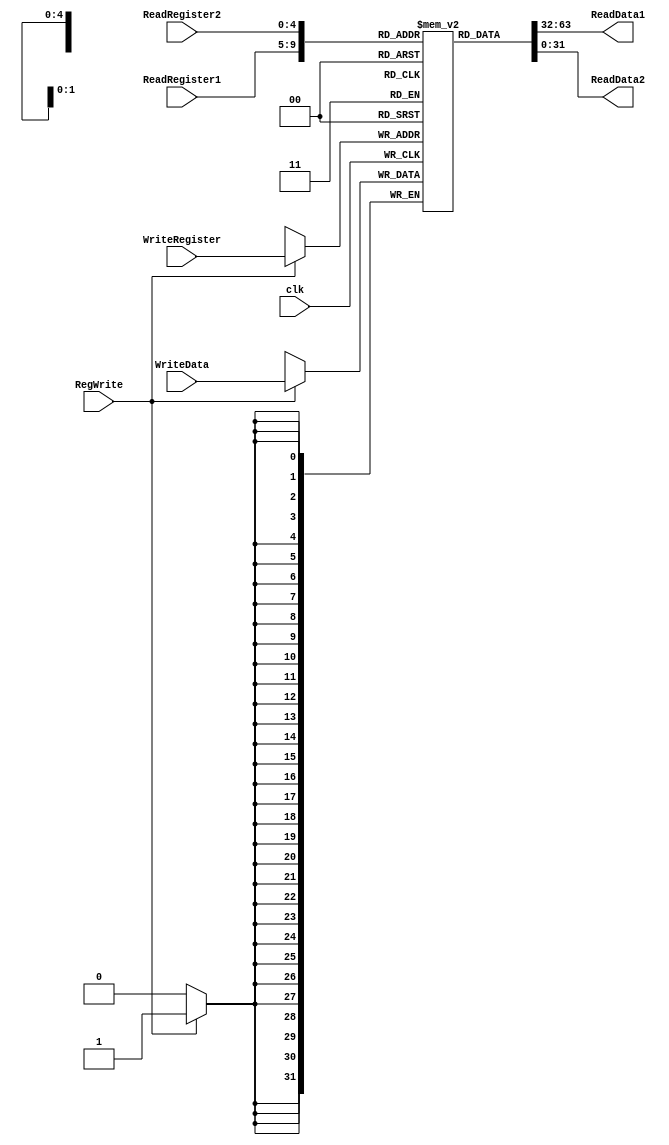
module RegisterFile (
    input clk,
    input [4:0] ReadRegister1, ReadRegister2, WriteRegister,
    input [31:0] WriteData,
    input RegWrite, 

    output [31:0] ReadData1, ReadData2
);
    reg [31:0] regmem [31:0];

	assign ReadData1 = regmem[ReadRegister1];
	assign ReadData2 = regmem[ReadRegister2];

	always @(negedge clk) begin
		if (RegWrite == 1) 
		begin
			regmem[WriteRegister] <= WriteData;
		end
	end
endmodule